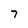
Character: 7